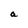
Character: a